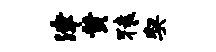
津黄猿契